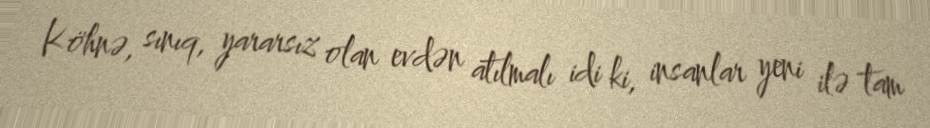
Köhnə, sınıq, yararsız olan evdən atılmalı idi ki, insanlar yeni ilə tam